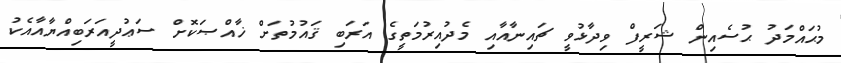
މުޙައްމަދު ޙުސެއިން ޝަރީފް ވިދާޅުވީ ޗައިނާއާއި މެދުއިރުމަތީގެ އަރަބި ޤައުމުތަށް ޚާއްޞަކޮށް ސަޢުދީއަރަބިއްޔާއާއެކު